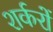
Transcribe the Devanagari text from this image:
शर्करों